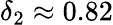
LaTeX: \delta_{2}\approx 0.82